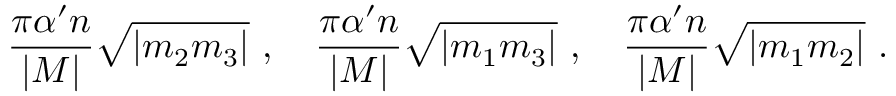
\frac { \pi \alpha ^ { \prime } n } { | M | } \sqrt { | m _ { 2 } m _ { 3 } | } \ , \quad \frac { \pi \alpha ^ { \prime } n } { | M | } \sqrt { | m _ { 1 } m _ { 3 } | } \ , \quad \frac { \pi \alpha ^ { \prime } n } { | M | } \sqrt { | m _ { 1 } m _ { 2 } | } \ .